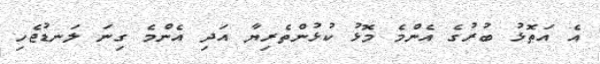
އެ އަތޮޅު ބުރުގެ އެންމެ މޮޅު ކުޅުންތެރިޔާ އަދި އެންމެ ގިނަ ލަނޑުޖެހި